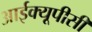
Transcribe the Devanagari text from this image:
आईक्यूपीसी